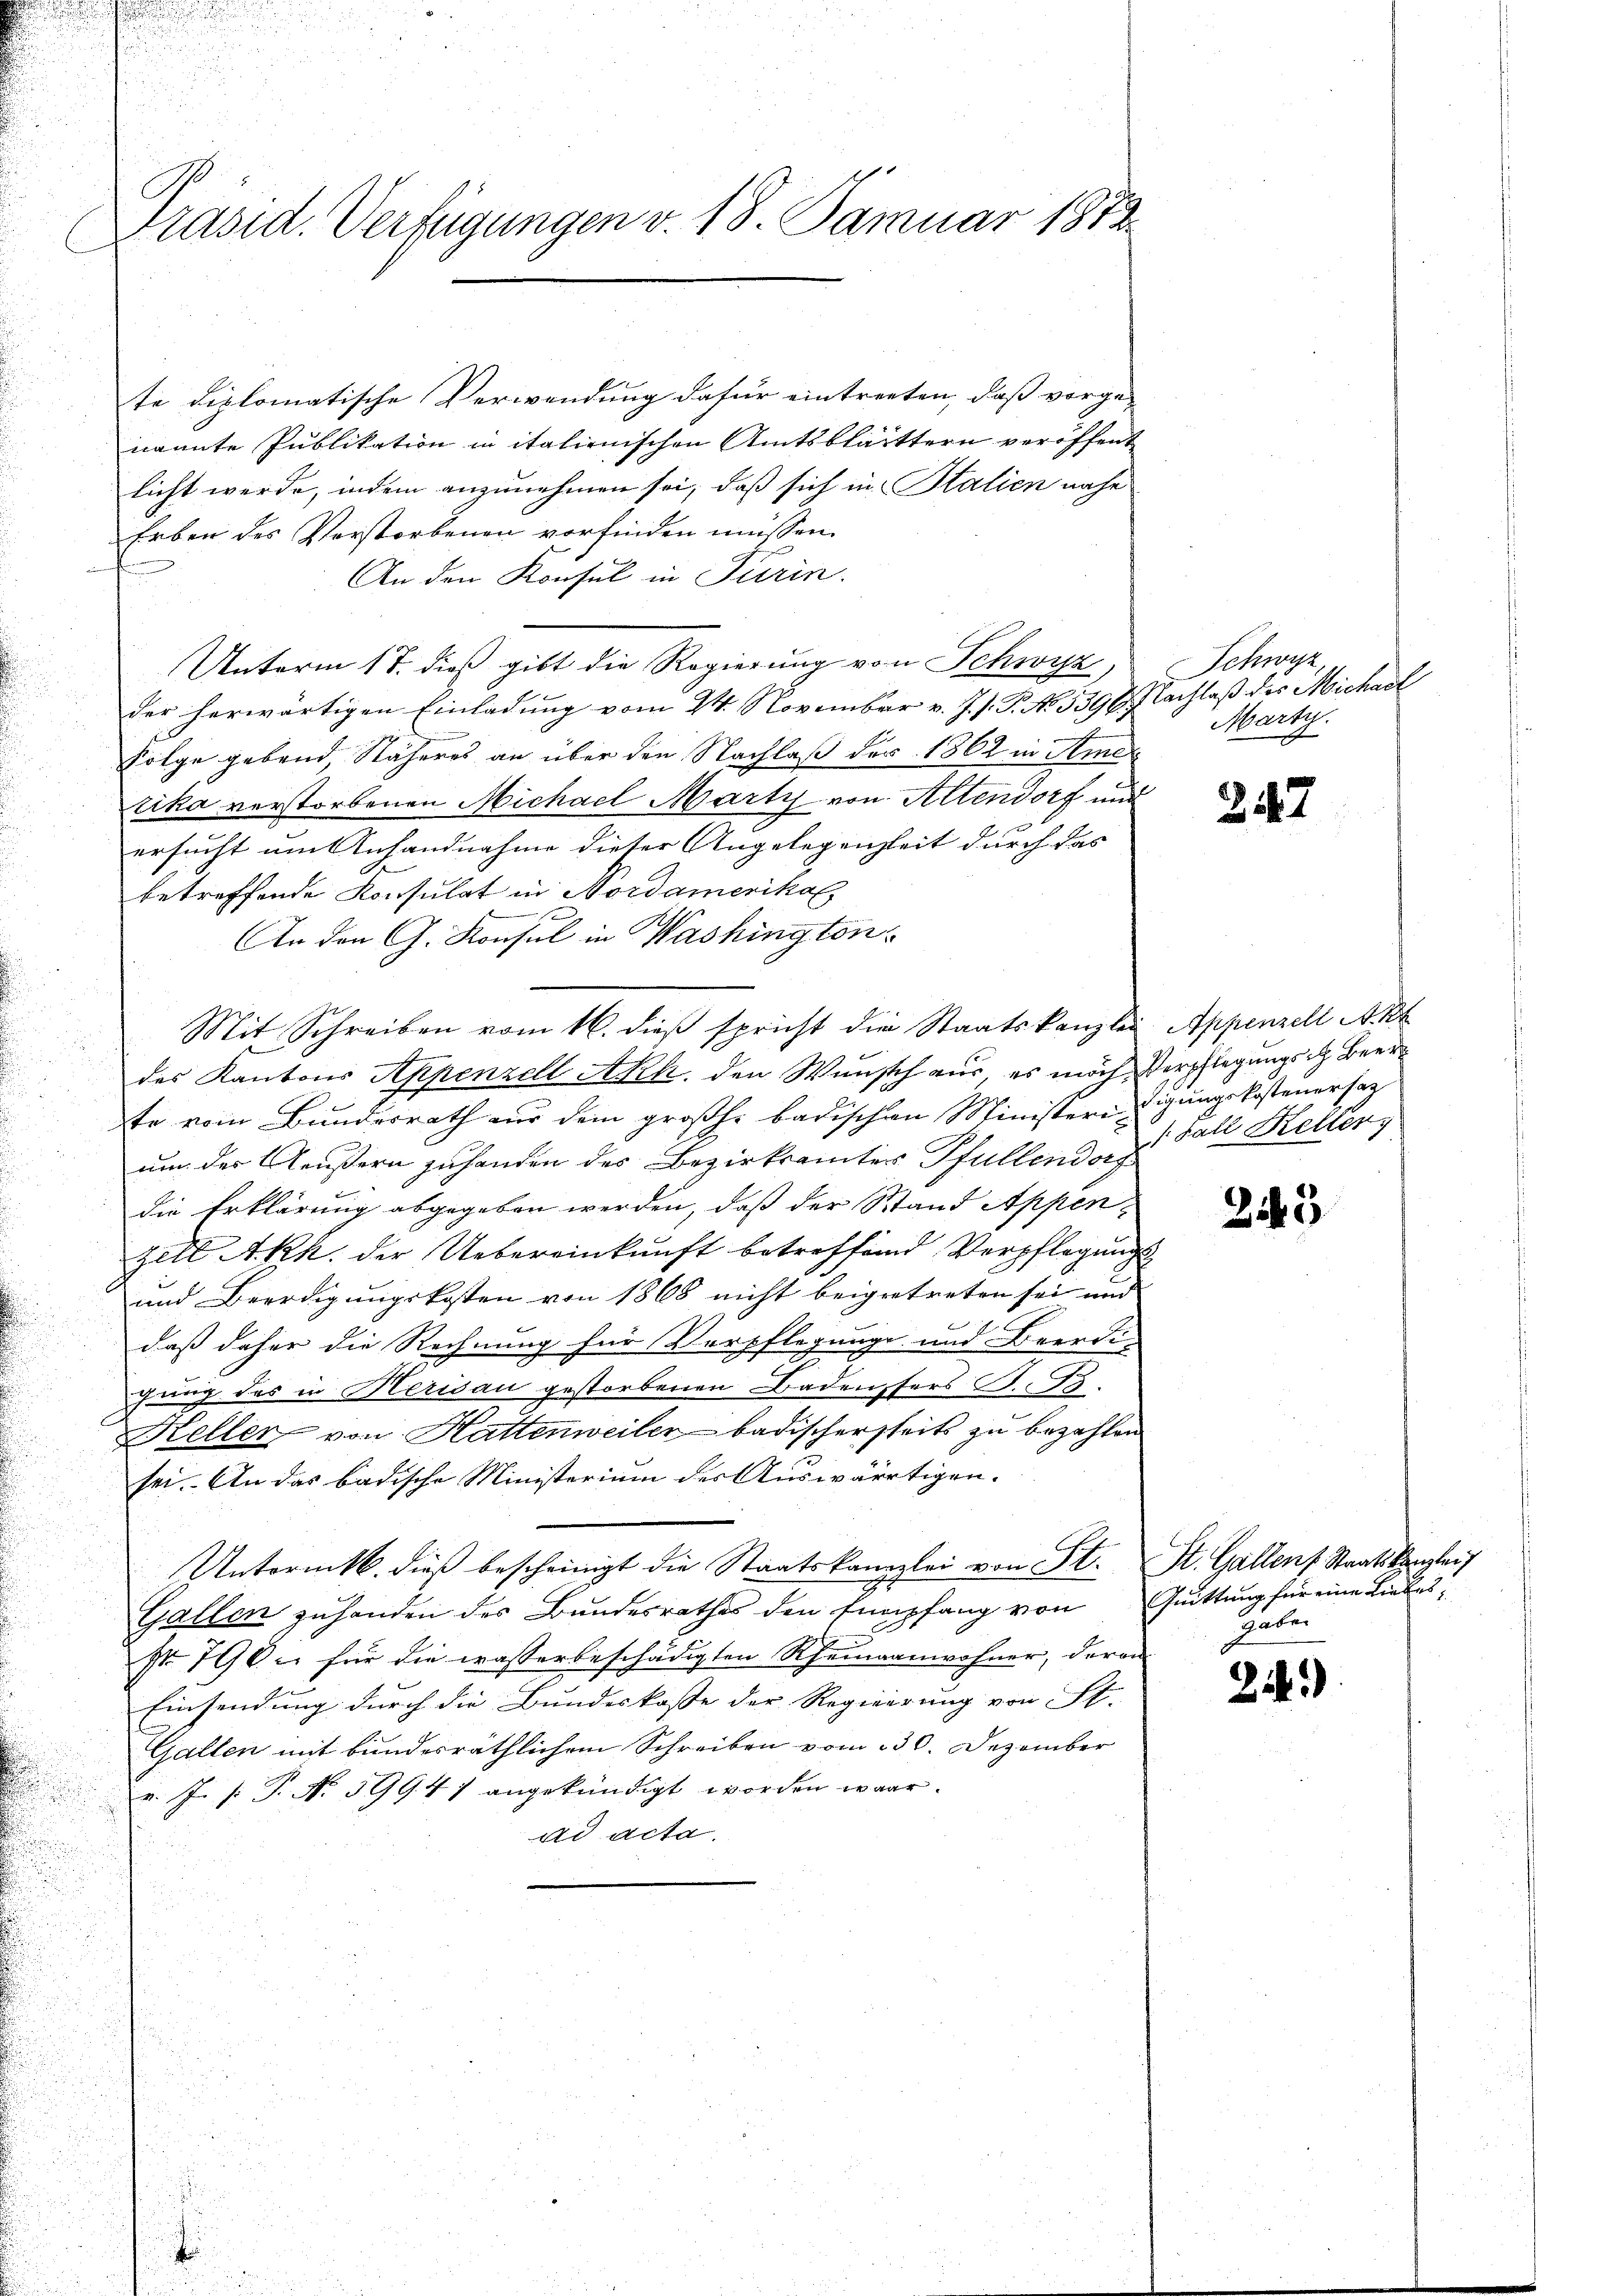
C
Präsid. Verfügungen v. 18. Januar 1873.

u

te diplomatische Verwendung dafür eintreeten, daß vorge-
nannte Publikation in italienischen Amtsblätttern veröffent
licht werde, indem anzunehmen sei, daß sich in Stalien nahe
Erben des Verstorbenen vorfinden müssen.
An den Konsul in Turin.
Unterm 17. dieß gibt die Regierung von Schwyz,
der herwärtigen Einladung vom 24. November v. J. s. T. No. 5396. Nachlaß des Michael
Folge gebend Näheres an über den Nachlaß der 1862 in Amer
rika verstorbenen Michael Marti von Altendorf und
ersucht um Anhandnahme dieser Angelegenheit durch das
betreffende Konsulat in Nordamerikol
.
An den G. Konsul in Washington
Mit Schreiben vom 16. dieβ spricht die Staatskanzlei Appenzell Akt
des Kantons Appenzell Ach, den Wunsch aus, es nach Verpflegungsch Beerte vom Bundesrath aus dem großh. badischen Ministere digungskostenersag
um der Aeußern zuhanden des Bezirksamter Pfullendorf
die Erklärung abgegeben werden, daß der Stand Appen-
zell A.Rh. der Uebereinkunft betreffend Verpflegung
und Beerdigungskosten von 1868 nicht beigeetreten sei und
daß daher die Rechnung für Verpflegung und Beerdi-
gung des in Heridau gestorbenen Badensers J. J.
Keller von Hattenweiler badischerseits zu bezahlen
sei. An das badische Ministerium der Auswärtigen.
Untormtb. dieß bescheinigt die Staatskanzlei von St.
Gallen zuhanden des Bundesrathes den Empfang von
Nr. 790 u. für die wasserbeschädigten Rheinganwohner, deron
Einsendung durch die Bundeskasse der Regierung von St.
Gallen mit bundesräthlichem Schreiben vom 230. Dezember
v. J. P. No 599. 47 angekündigt worden war.
ad acta.

.

Schwyz,
Marty.
e

247

Fall Keller

215

St. Gallen Staatskanzlei
Quittung für eine Liebes,
Galer

24)